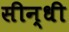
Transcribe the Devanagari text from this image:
सीन्धी